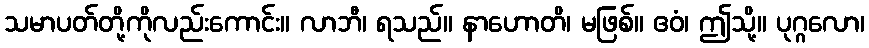
သမာပတ်တို့ကိုလည်းကောင်း။ လာဘီ၊ ရသည်။ နာဟောတိ၊ မဖြစ်။ ဧဝံ၊ ဤသို့။ ပုဂ္ဂလော၊